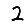
Digit: 2